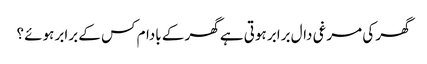
گھر کی مرغی دال برابر ہوتی ہے گھر کے بادام کس کے برابر ہوئے ؟